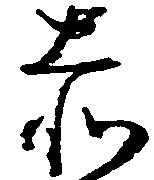
赤